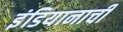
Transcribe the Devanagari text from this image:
इंडियानाची